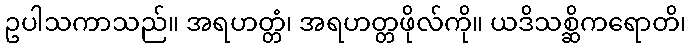
ဥပါသကာသည်။ အရဟတ္တံ၊ အရဟတ္တဖိုလ်ကို။ ယဒိသစ္ဆိကရောတိ၊